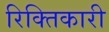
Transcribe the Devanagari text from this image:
रिक्तिकारी